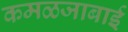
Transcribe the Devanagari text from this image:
कमळजाबाई